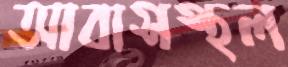
আবাসস্থল